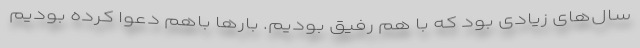
سال‌های زیادی بود که با هم رفیق بودیم. بارها باهم دعوا کرده بودیم